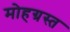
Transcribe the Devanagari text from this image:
मोहग्रस्त